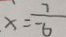
x = \frac { 7 } { - 6 }